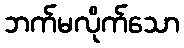
ဘက်မလိုက်သော